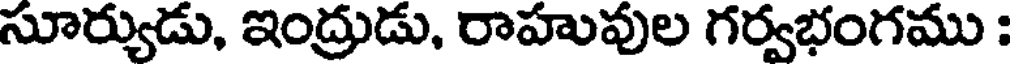
సూర్యుడు, ఇంద్రుడు, రాహువుల గర్వభంగము :